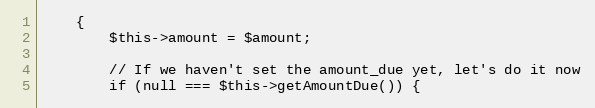
Language: PHP
    {
        $this->amount = $amount;

        // If we haven't set the amount_due yet, let's do it now
        if (null === $this->getAmountDue()) {